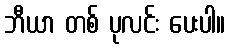
ဘီယာ တစ် ပုလင်း ပေးပါ။